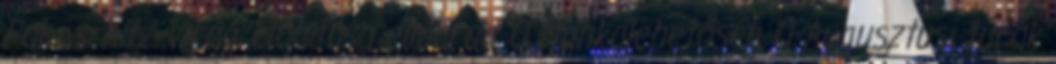
Pabeschitz Virág előadása elmarad 0 Munkalehetőség 0 Augusztusi túrák